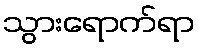
သွားရောက်ရာ